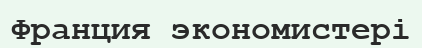
Франция экономистері